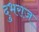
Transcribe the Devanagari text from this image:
दुभराज